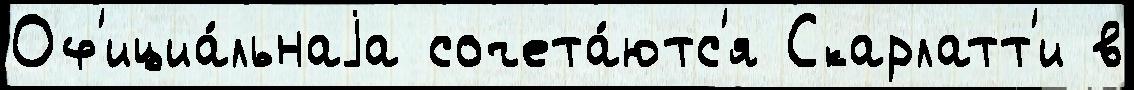
Оф'ициа́льнаjа сочета́ютс'я Скарлатт'и в